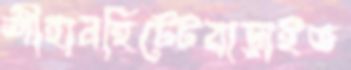
শীহানহিটেটবাড়াইভ